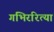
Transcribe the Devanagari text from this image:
गंभिररित्या